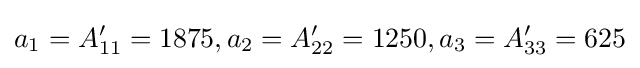
a_{1}=A'_{11}=1875,a_{2}=A'_{22}=1250,a_{3}=A'_{33}=625